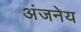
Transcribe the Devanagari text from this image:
अंजनेय